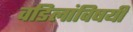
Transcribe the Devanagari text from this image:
वडिलांविषयी